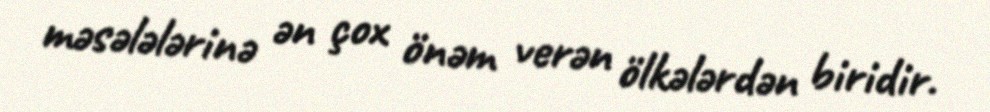
məsələlərinə ən çox önəm verən ölkələrdən biridir.